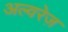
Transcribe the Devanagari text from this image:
अल्वरेज़